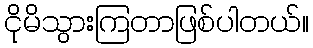
ငိုမိသွားကြတာဖြစ်ပါတယ်။